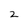
Character: 2